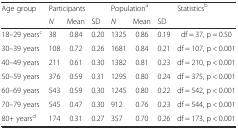
<table><thead><tr><td><b>Age group</b></td><td colspan="3"><b>Participants</b></td><td colspan="3"><b>Population<sup>a</sup></b></td><td><b>Statistics<sup>b</sup></b></td></tr><tr><td></td><td><b><i>N</i></b></td><td><b>Mean</b></td><td><b>SD</b></td><td><b><i>N</i></b></td><td><b>Mean</b></td><td><b>SD</b></td><td></td></tr></thead><tbody><tr><td>18–29 years<sup>c</sup></td><td>38</td><td>0.84</td><td>0.20</td><td>1325</td><td>0.86</td><td>0.19</td><td>df = 37, p = 0.50</td></tr><tr><td>30–39 years</td><td>108</td><td>0.72</td><td>0.26</td><td>1681</td><td>0.84</td><td>0.21</td><td>df = 107, p &lt; 0.001</td></tr><tr><td>40–49 years</td><td>211</td><td>0.61</td><td>0.30</td><td>1382</td><td>0.81</td><td>0.23</td><td>df = 210, p &lt; 0.001</td></tr><tr><td>50–59 years</td><td>376</td><td>0.59</td><td>0.31</td><td>1295</td><td>0.80</td><td>0.24</td><td>df = 375, p &lt; 0.001</td></tr><tr><td>60–69 years</td><td>543</td><td>0.59</td><td>0.30</td><td>1245</td><td>0.80</td><td>0.22</td><td>df = 542, p &lt; 0.001</td></tr><tr><td>70–79 years</td><td>545</td><td>0.47</td><td>0.30</td><td>912</td><td>0.76</td><td>0.23</td><td>df = 544, p &lt; 0.001</td></tr><tr><td>80+ years<sup>d</sup></td><td>174</td><td>0.31</td><td>0.27</td><td>357</td><td>0.70</td><td>0.26</td><td>df = 173, p &lt; 0.001</td></tr></tbody></table>